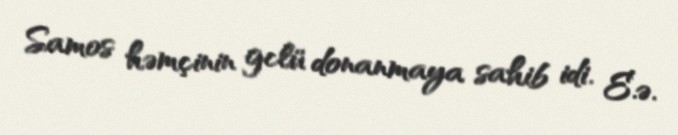
Samos həmçinin gclü donanmaya sahib idi. E.ə.